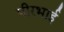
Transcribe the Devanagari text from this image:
पीरभाई